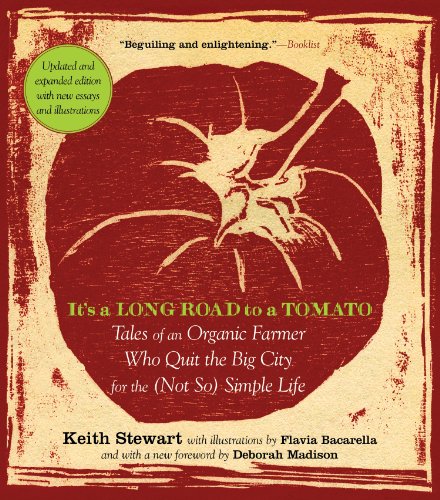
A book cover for It's a Long Road to a Tomato: Tales of an Organic Farmer Who Quit the Big City for the (Not So) Simple Life; Keith Stewart; Humor & Entertainment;